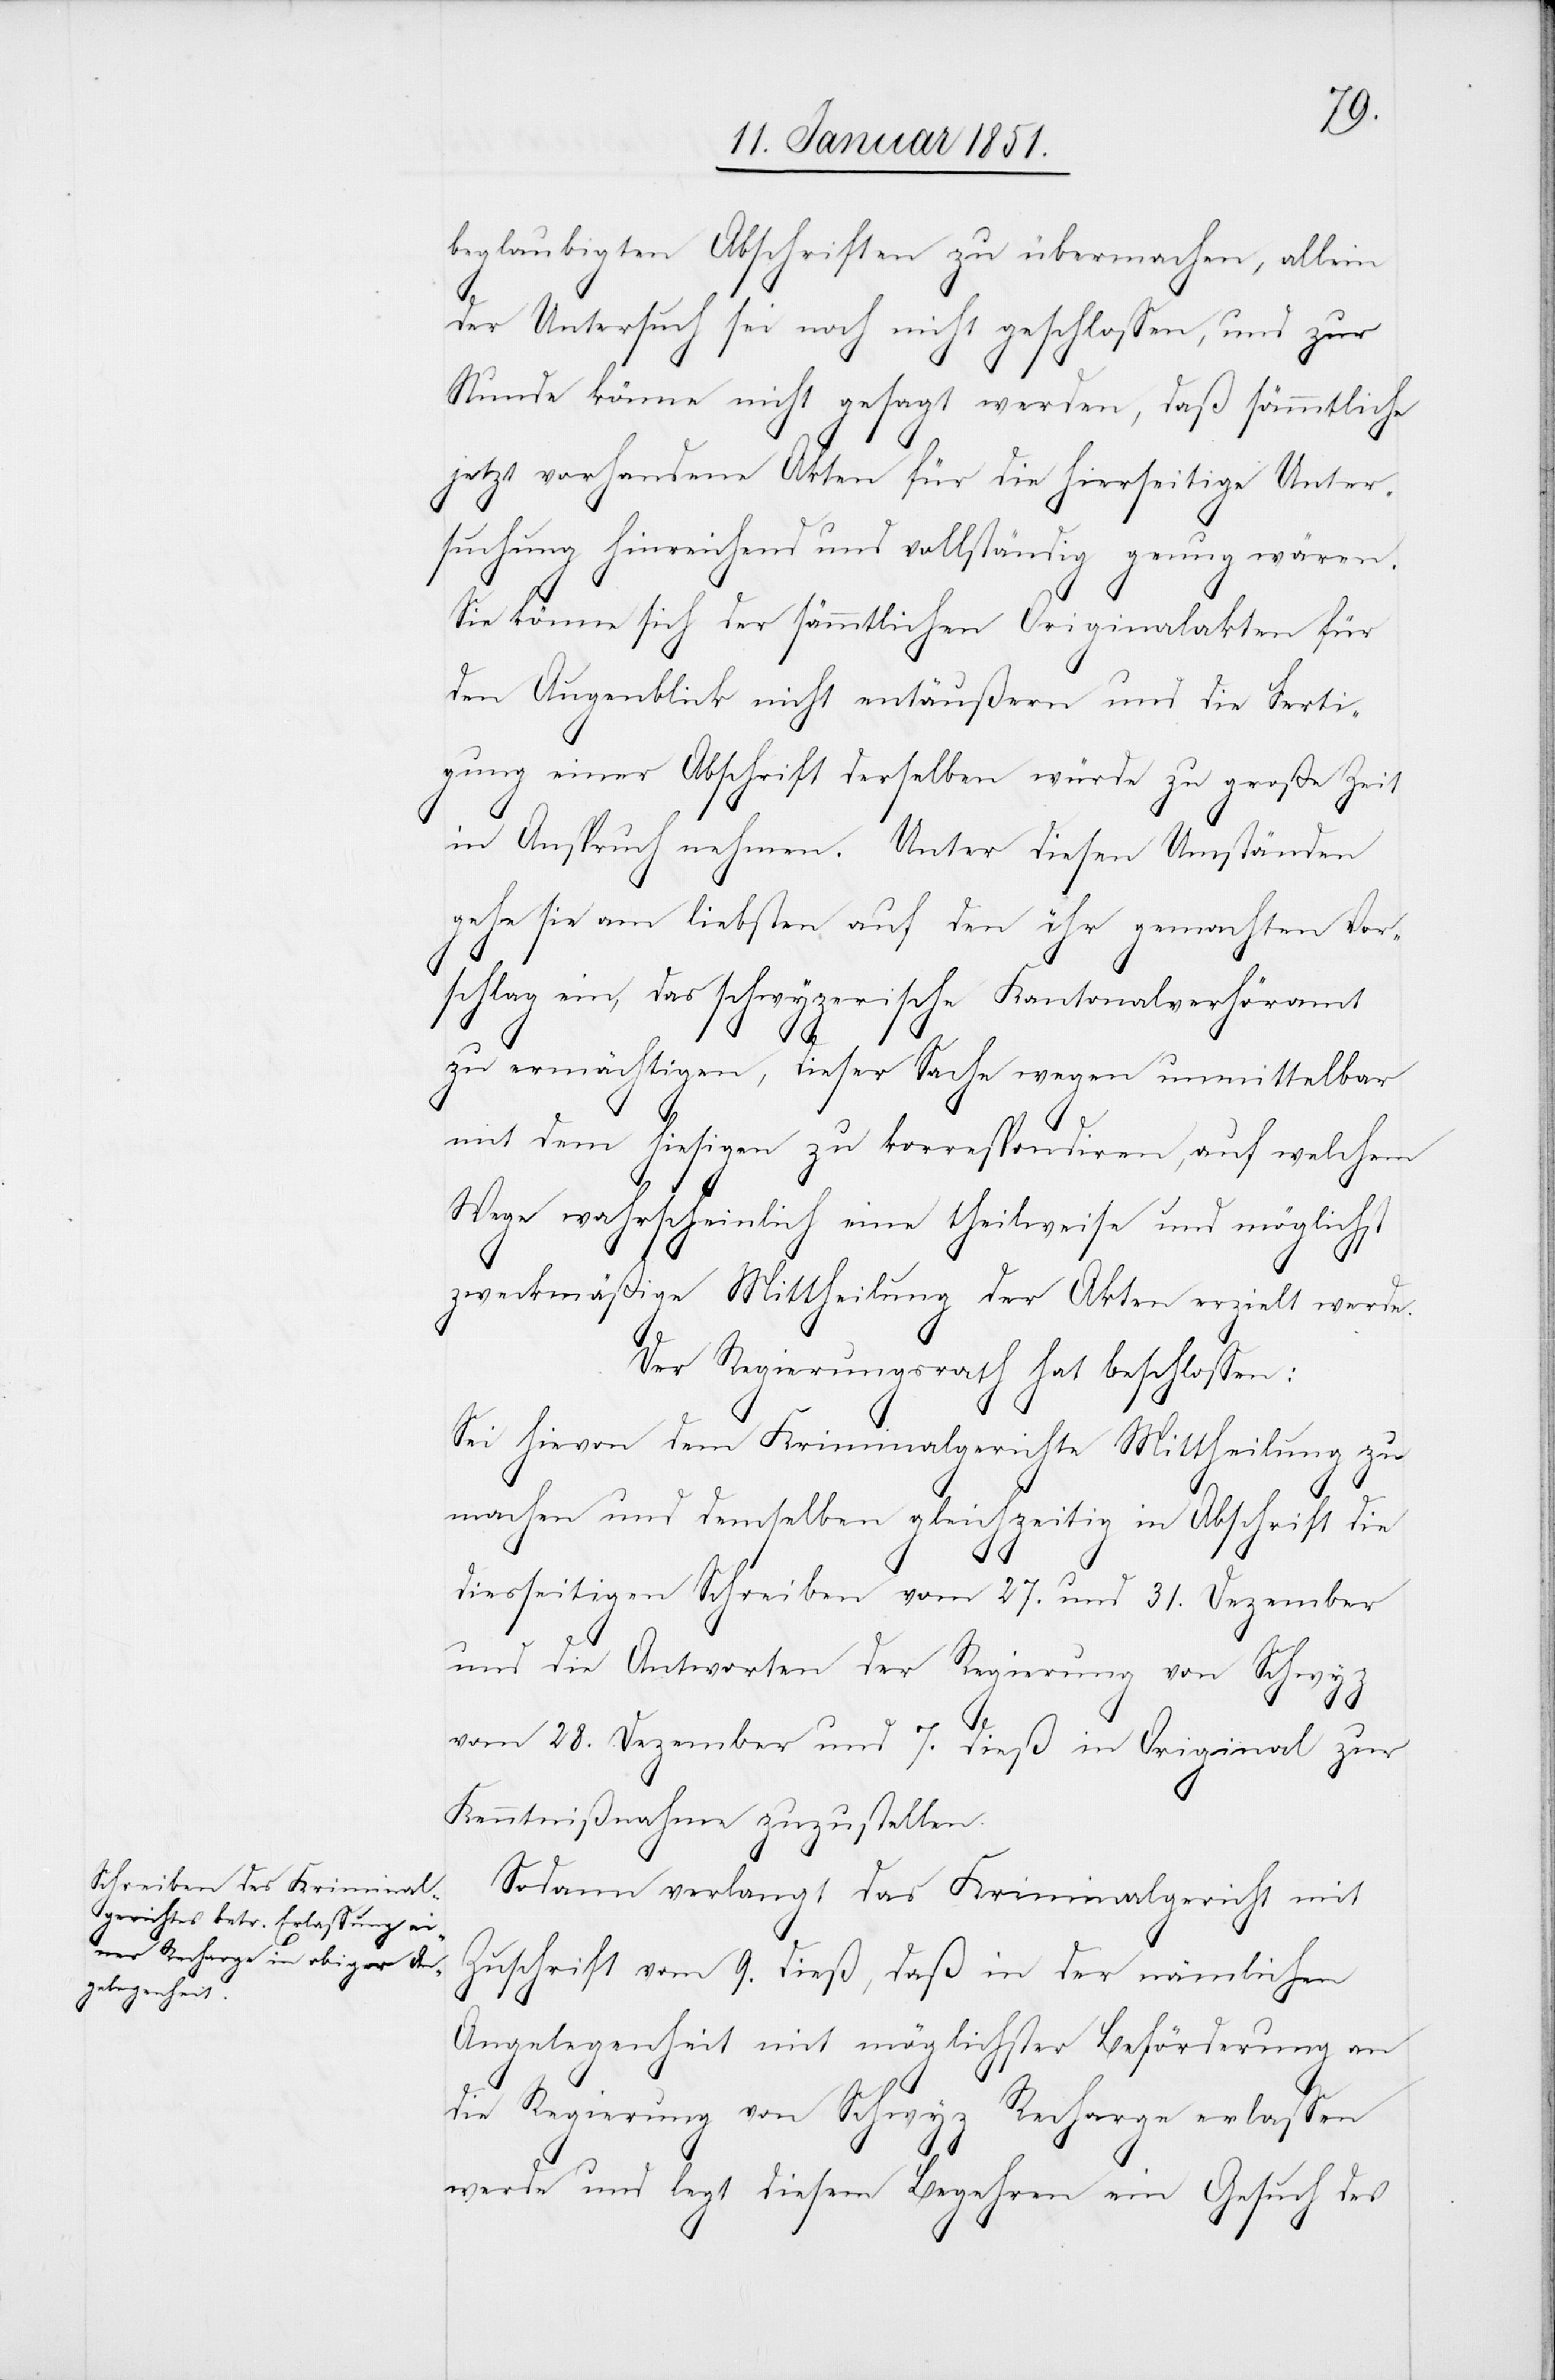
beglaubigten Abschriften zu übermachen, allein
der Untersuch sei noch nicht geschlossen, und zur
Stunde könne nicht gesagt werden, daß sämmtliche
jetzt vorhandene Akten für die hierseitige Unter¬
suchung hinreichend und vollständig genug wären.
Sie könne sich der sämmtlichen Originalakten für
den Augenblick nicht entäußern und die Ferti¬
gung einer Abschrift derselben würde zu große Zeit
in Anspruch nehmen. Unter diesen Umständen
gehe sie am liebsten auf den ihr gemachten Vor¬
schlag ein, das schwyzerische Kantonalverhöramt
zu ermächtigen, dieser Sache wegen unmittelbar
mit dem hiesigen zu korrespondiren, auf welchem
Wege wahrscheinlich eine theilweise und möglichst
zweckmäßige Mittheilung der Akten erzielt werde.
Der Regierungsrath hat beschlossen:
Sei hievon dem Kriminalgerichte Mittheilung zu
machen und demselben gleichzeitig in Abschrift die
diesseitigen Schreiben vom 27. und 31. Dezember
und die Antworten der Regierung von Schwy¬
z
vom 28. Dezember und 7. dieß in Original zur
Kenntnißnahme zuzustellen.
Sodann verlangt das Kriminalgericht mit
Zuschrift vom 9. dieß, daß in der nämlichen
Angelegenheit mit möglichster Beförderung an
die Regierung von Schwyz Recharge erlassen
werde und legt diesem Begehren ein Gesuch des